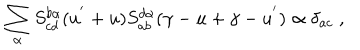
LaTeX: \sum _ { \alpha } S _ { c d } ^ { b \alpha } ( u ^ { ' } + u ) S _ { a b } ^ { d \alpha } ( \gamma - u + \gamma - u ^ { ' } ) \propto \delta _ { a c } \; ,